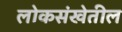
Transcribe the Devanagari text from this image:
लोकसंखेतील